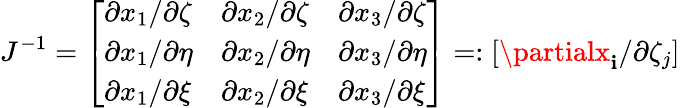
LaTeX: J^{-1}=\left[\begin{array}{lll}{\partial x_{1}/\partial\zeta}&{\partial x_{2}/\partial\zeta}&{\partial x_{3}/\partial\zeta}\\ {\partial x_{1}/\partial\eta}&{\partial x_{2}/\partial\eta}&{\partial x_{3}/\partial\eta}\\ {\partial x_{1}/\partial\xi}&{\partial x_{2}/\partial\xi}&{\partial x_{3}/\partial\xi}\end{array}\right]=:\left[\partialx_{\mathbf{i}}/\partial\zeta_{j}\right]